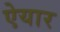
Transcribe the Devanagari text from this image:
ऐयार